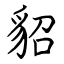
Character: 貂